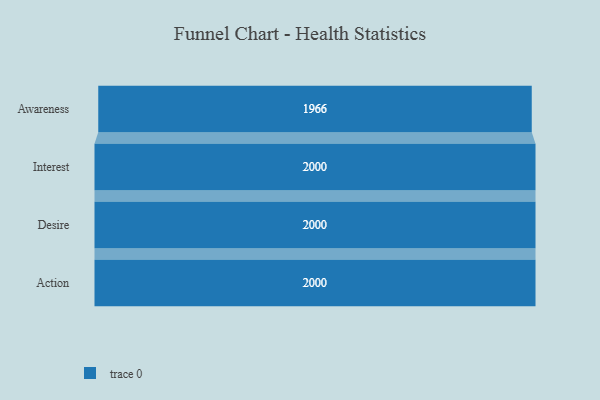
{"axis": {"x": "Stage", "y": "Value"}, "legend": [""], "data": [{"x": "Awareness", "y": 1966.0, "type": ""}, {"x": "Interest", "y": 2000, "type": ""}, {"x": "Desire", "y": 2000, "type": ""}, {"x": "Action", "y": 2000, "type": ""}]}